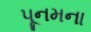
પૂનમના